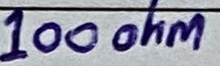
Text: 100ohm